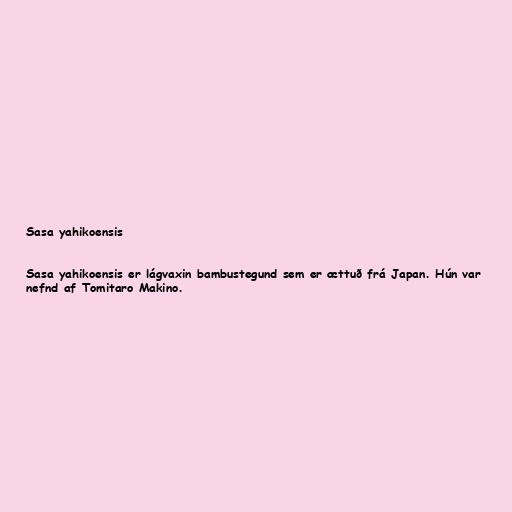
Sasa yahikoensis

Sasa yahikoensis er lágvaxin bambustegund sem er ættuð frá Japan. Hún var
nefnd af Tomitaro Makino.